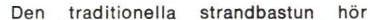
Den traditionella strandbastun hör